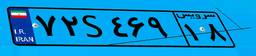
۷۲S۴۶۹۱۸